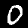
Label: 0